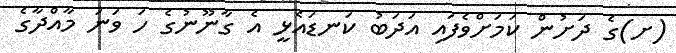
(ށ)ގެ ދަށުން ކަމަށްވެފައި އަދަބު ކަނޑައެޅީ އެ ގާނޫނުގެ ހަ ވަނަ މާއްދާގެ